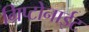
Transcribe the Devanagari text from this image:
ग्रिप्टोनाईट